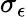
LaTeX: \sigma_{\epsilon}